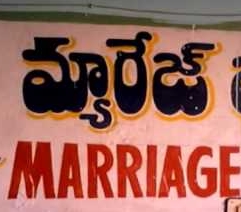
Language: telugu
Transcription: మ్యారేజ్